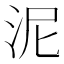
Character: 泥